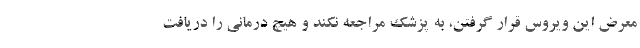
معرض این ویروس قرار گرفتن، به پزشک مراجعه نکند و هیچ درمانی را دریافت